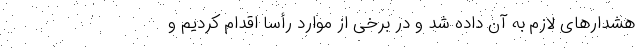
هشدارهای لازم به آن داده شد و در برخی از موارد رأساً اقدام کردیم و